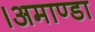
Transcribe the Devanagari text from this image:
।अमाण्डा